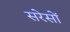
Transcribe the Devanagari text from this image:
सरेसों